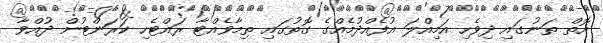
އޮތް ތަނުގައި ދިވެހި އަމިއްލަ އުފެއްދުމެއްގެ ގޮތުގައި ތިމާވެއްޓާ ރައްޓެހި ކަރަންޓުން ދުއްވާ